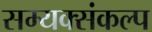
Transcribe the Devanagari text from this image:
सम्यक्संकल्प